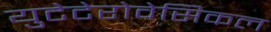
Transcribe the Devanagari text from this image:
युटेटेरोवेसिकल